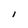
Character: 1